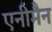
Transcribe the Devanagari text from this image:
एनीमैन